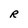
Character: R